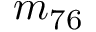
m _ { 7 6 }